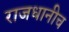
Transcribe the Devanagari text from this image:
राजधानीच